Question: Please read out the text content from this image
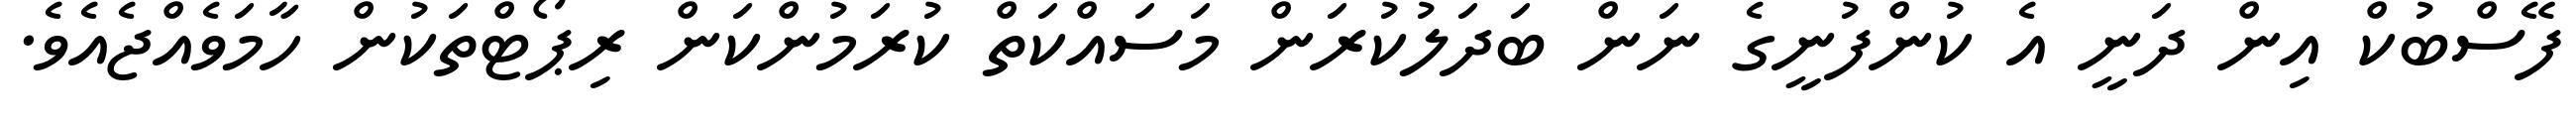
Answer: ފޭސްބުކް އިން ދަނީ އެ ކުންފުނީގެ ނަން ބަދަލުކުރަން މަސައްކަތް ކުރަމުންކަން ރިޕޯޓްތަކުން ހާމަވެއްޖެއެވެ.